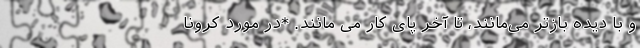
و با دیده بازتر می‌مانند، تا آخر پای کار می مانند. *در مورد کرونا